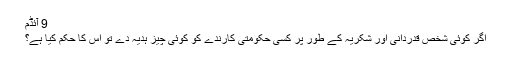
9 آئڈم
اگر کوئى شخص قدردانى اور شکريہ کے طور پر کسى حکومتى کارندے کو کوئى چيز ہديہ دے تو اس کا حکم کيا ہے؟